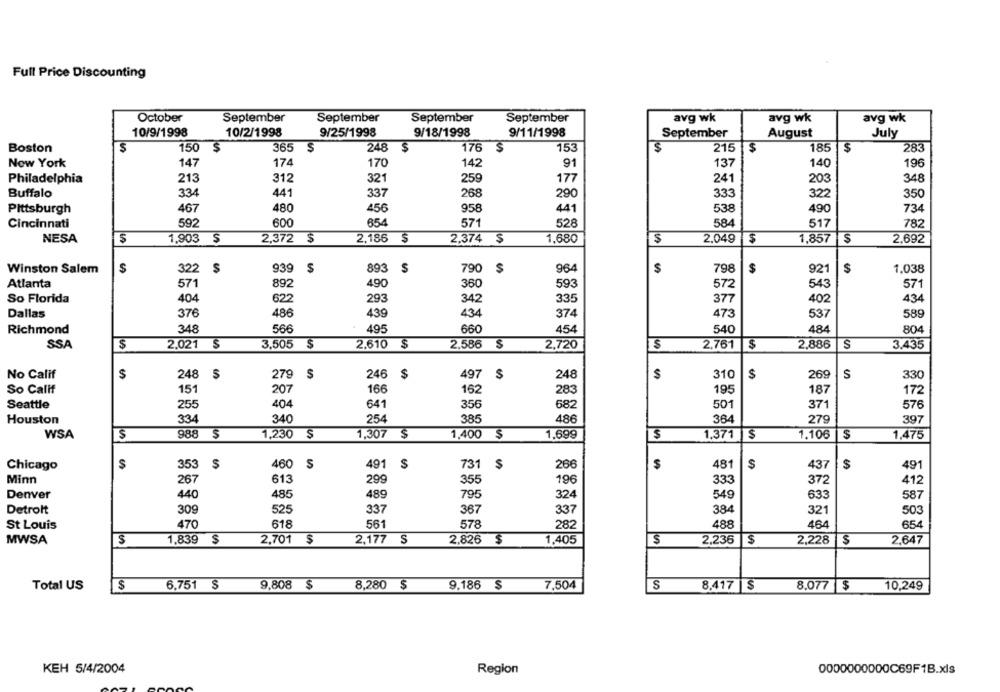
Full Price Discounting
October
September
September
September
September
avg wk
avg wk
avg wk
9/11/1998
10/9/1998
10/2/1998
9/25/1998
9/18/1998
September
August
July
Boston
$
150
$
365 $
248 $
176
$
153
$
215
$
185
283
Now York
147
174
170
142
91
137
140
196
Philadelphia
213
312
321
259
177
241
203
348
Buffalo
334
441
337
268
290
333
322
350
467
480
958
441
538
490
734
Pittsburgh
456
600
854
Cincinnati
592
571
528
584
517
782
NESA
1,903 $
2,372 $
2,186
2.374 $
1,680
2.049
$
1,857
2,692
Winston Salem
$
322
$
939
$
893 $
790
964
$
798
$
921
$
1,038
Atlanta
571
892
490
360
593
572
543
571
So Florida
622
434
404
293
342
335
377
402
376
Dallas
486
439
434
374
473
537
589
Richmond
348
566
495
660
454
540
484
804
SSA
$
2.021 $
3,505
$
2.610
$
2.586
$
2,720
$
2,761
$
2,886
S
3.435
No Calif
248
S
497
310
269
$
279 $
246
$
248
$
$
S
330
So Calif
151
207
166
162
283
195
187
172
Seattle
255
404
641
356
682
501
371
576
Houston
334
340
254
385
486
364
279
397
WSA
$
988
1,230
1,307
$
1,400
1,699
$
1.371
$
1.106
$
1,475
491
481
437
Chicago
$
353
$
460 S
$
731
$
266
$
$
491
613
Minn
267
299
355
196
333
372
412
Denver
440
485
489
795
324
549
633
587
Detrolt
309
525
337
367
337
384
321
503
St Louis
470
618
561
578
282
488
484
654
1,839
$
2,701
$
2,177
S
2,826
1,405
2,236
2,228
$
MWSA
$
2,647
Total US
$
6.751 $
9,808 $
8,280 $
9.186 $
7,504
S
8,417 $
8,077 $
10,249
KEH 5/4/2004
Region
0000000000C69F1B.xls